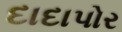
દાદાપોર